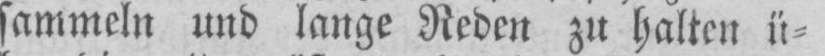
sammeln und lange Reden zu halten ü⸗